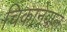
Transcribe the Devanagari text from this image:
चिकानेवाले